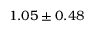
1 . 0 5 \pm 0 . 4 8